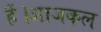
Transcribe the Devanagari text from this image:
हैं।आजकल